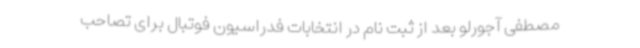
مصطفی آجورلو بعد از ثبت نام در انتخابات فدراسیون فوتبال برای تصاحب